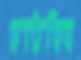
ঘাটতির